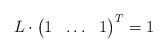
LaTeX: \begin{align*}L\cdot \begin{pmatrix} 1 & \hdots &1 \end{pmatrix} ^T=1\end{align*}